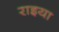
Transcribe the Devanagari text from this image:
राइया